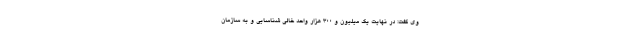
وی گفت: در نهایت یک میلیون و ۳۰۰ هزار واحد خالی شناسایی و به سازمان